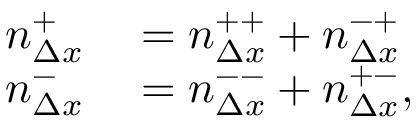
\begin{array} { r l } { n _ { \Delta x } ^ { + } } & { { } = n _ { \Delta x } ^ { + + } + n _ { \Delta x } ^ { - + } } \\ { n _ { \Delta x } ^ { - } } & { { } = n _ { \Delta x } ^ { -- } + n _ { \Delta x } ^ { + - } , } \end{array}